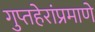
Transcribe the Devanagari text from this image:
गुप्तहेरांप्रमाणे